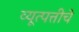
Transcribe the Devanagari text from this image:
व्यूत्पत्तीचे